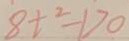
8 t ^ { 2 } - 1 > 0